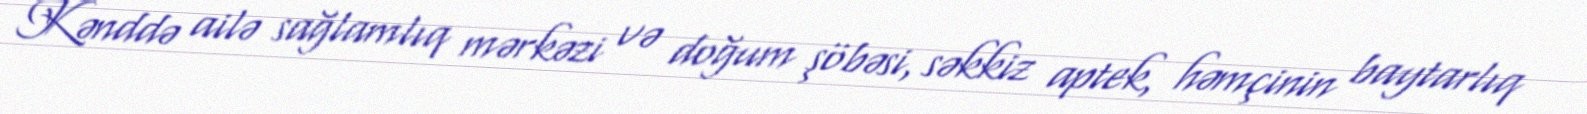
Kənddə ailə sağlamlıq mərkəzi və doğum şöbəsi, səkkiz aptek, həmçinin baytarlıq